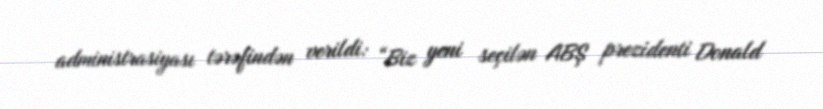
administrasiyası tərəfindən verildi: “Biz yeni seçilən ABŞ prezidenti Donald